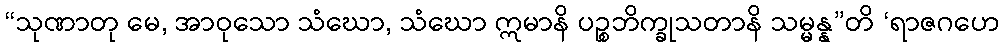
“သုဏာတု မေ, အာဝုသော သံဃော, သံဃော ဣမာနိ ပဉ္စဘိက္ခုသတာနိ သမ္မန္န”တိ ‘ရာဇဂဟေ